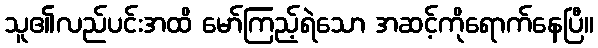
သူ၏လည်ပင်းအထိ မော်ကြည့်ရဲသော အဆင့်ကိုရောက်နေပြီ။